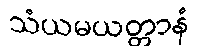
သံယမယတ္တာနံ